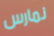
نمارس